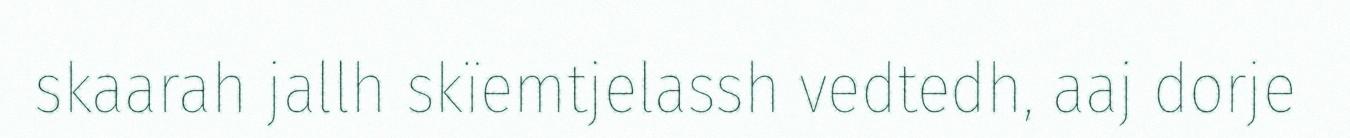
skaarah jallh skïemtjelassh vedtedh, aaj dorje